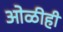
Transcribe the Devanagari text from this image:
ओळीही